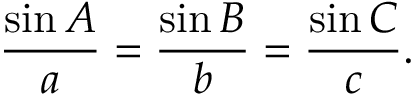
{ \frac { \sin A } { a } } = { \frac { \sin B } { b } } = { \frac { \sin C } { c } } .